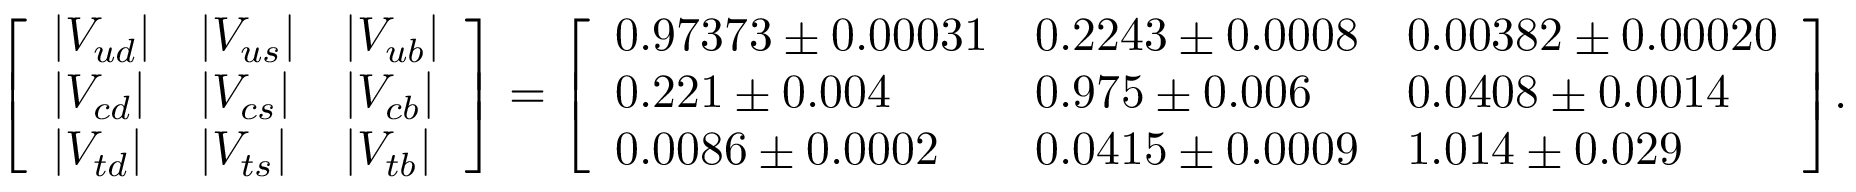
{ \left[ \begin{array} { l l l } { | V _ { u d } | } & { | V _ { u s } | } & { | V _ { u b } | } \\ { | V _ { c d } | } & { | V _ { c s } | } & { | V _ { c b } | } \\ { | V _ { t d } | } & { | V _ { t s } | } & { | V _ { t b } | } \end{array} \right] } = { \left[ \begin{array} { l l l } { 0 . 9 7 3 7 3 \pm 0 . 0 0 0 3 1 } & { 0 . 2 2 4 3 \pm 0 . 0 0 0 8 } & { 0 . 0 0 3 8 2 \pm 0 . 0 0 0 2 0 } \\ { 0 . 2 2 1 \pm 0 . 0 0 4 } & { 0 . 9 7 5 \pm 0 . 0 0 6 } & { 0 . 0 4 0 8 \pm 0 . 0 0 1 4 } \\ { 0 . 0 0 8 6 \pm 0 . 0 0 0 2 } & { 0 . 0 4 1 5 \pm 0 . 0 0 0 9 } & { 1 . 0 1 4 \pm 0 . 0 2 9 } \end{array} \right] } .